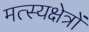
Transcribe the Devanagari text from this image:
मत्स्यक्षेत्रों